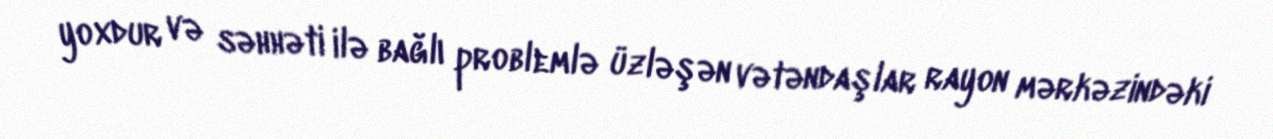
yoxdur və səhhəti ilə bağlı problemlə üzləşən vətəndaşlar rayon mərkəzindəki